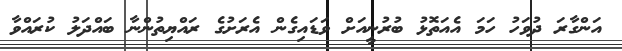
އަންގާރަ ދުވަހު ހަމަ އެއަތޮޅު ބުރުނީއަށް ވަޑައިގެން އެރަށުގެ ރައްޔިތުންނާ ބައްދަލު ކުރައްވާ